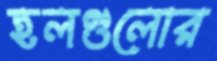
হলগুলোর